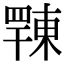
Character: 𢆦